Lunatic asylums Central Provinces reports 1886-1894 - 1886-1894
Year: 1886
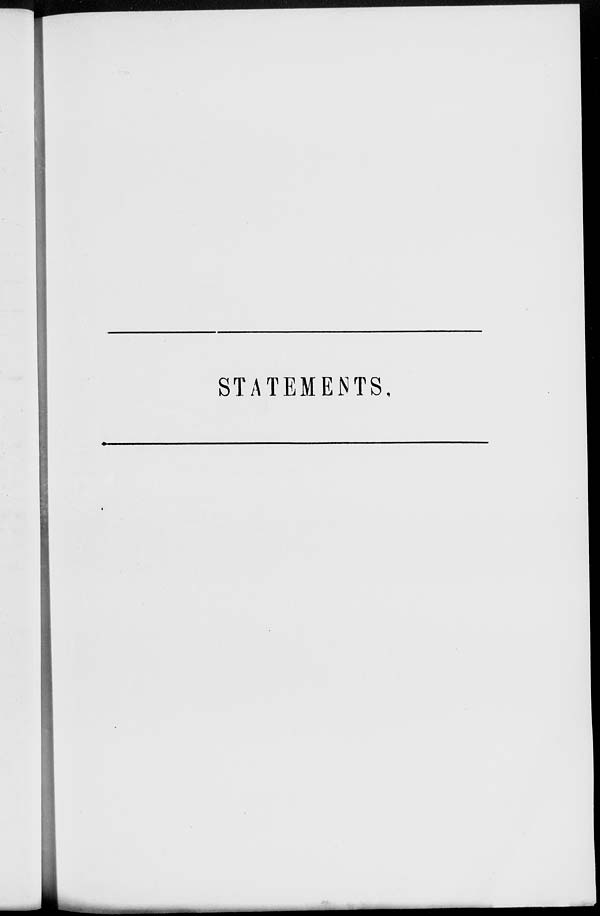
STATEMENTS,